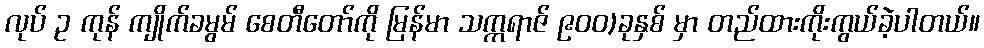
လုပ် ဥ ကုန် ကျိုက်ခမွမ် စေတီတော်ကို မြန်မာ သက္ကရာဇ် ၉၀၀)ခုနှစ် မှာ တည်ထားကိုးကွယ်ခဲ့ပါတယ်။